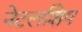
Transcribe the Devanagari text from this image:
नेटलशिप